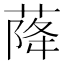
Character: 𱽿